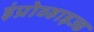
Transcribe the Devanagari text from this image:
इंप्रोव्हाइज्ड